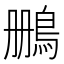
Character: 𫚷